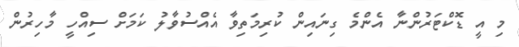
މި އީ ޑޮކްޓަރުންނާ އެންމެ ގިނައިން ކުރިމަތިވާ އެއްސުވާލު ކަމަށް ސިއްހީ މާހިރުން